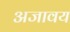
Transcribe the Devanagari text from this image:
अजावय